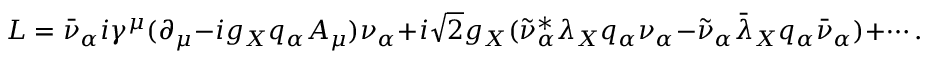
{ \cal L } = \bar { \nu } _ { \alpha } i \gamma ^ { \mu } ( \partial _ { \mu } - i g _ { X } q _ { \alpha } A _ { \mu } ) \nu _ { \alpha } + i \sqrt 2 g _ { X } ( \tilde { \nu } _ { \alpha } ^ { \ast } \lambda _ { X } q _ { \alpha } \nu _ { \alpha } - \tilde { \nu } _ { \alpha } \bar { \lambda } _ { X } q _ { \alpha } \bar { \nu } _ { \alpha } ) + \cdots .